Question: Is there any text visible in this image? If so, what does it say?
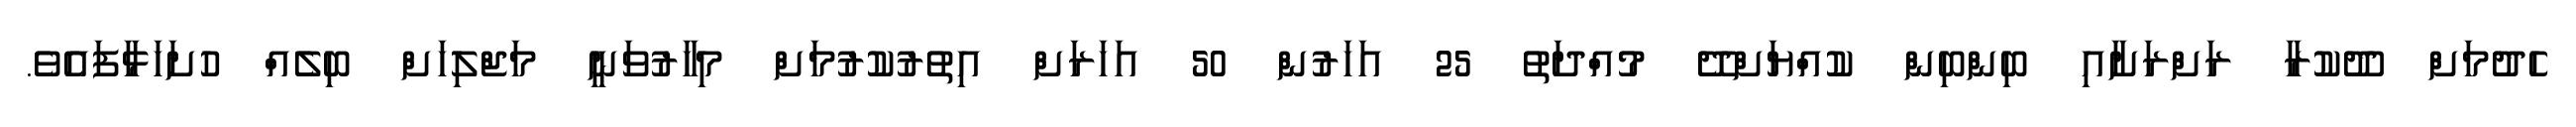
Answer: ހެދުމަށް ދޫކުރާ ރަށްރަށާއި ބިންބިން ކުއްޔަށްދޭ މުއްދަތު 25 އަހަރުން 50 އަހަރަށް އިތުރުކުރުމަށް މިހާރުވަނީ މަޖްލިހަށް ބިލެއް ހުށަހަޅާފައެވެ.